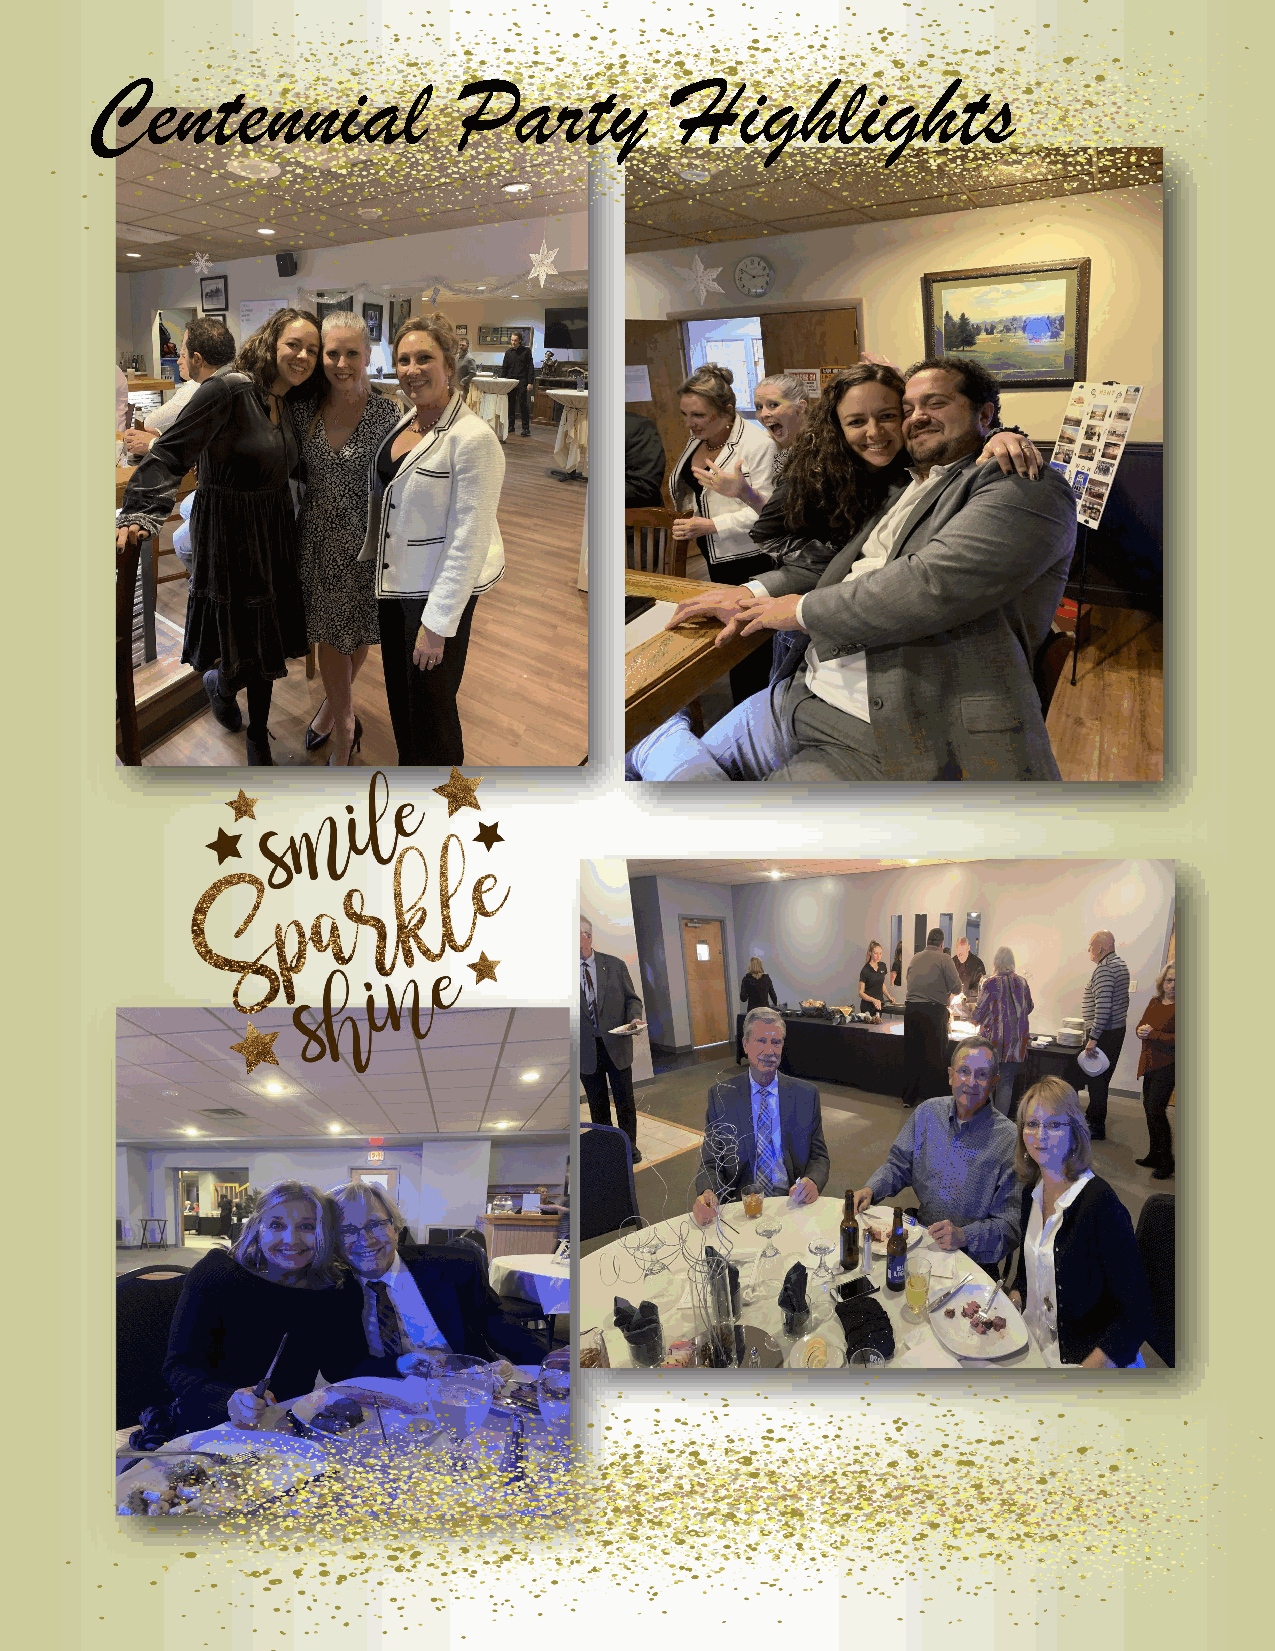
Centennial              Party          Highlights